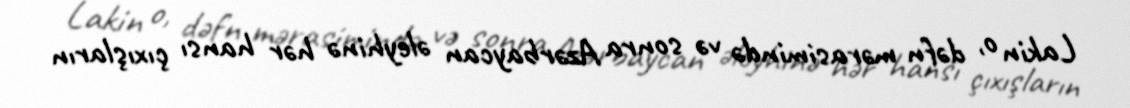
Lakin o, dəfn mərasimində və sonra Azərbaycan əleyhinə hər hansı çıxışların